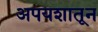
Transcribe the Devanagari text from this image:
अपयशातून